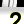
Digit: 2